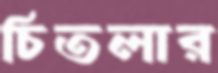
চিতলার